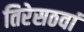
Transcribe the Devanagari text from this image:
तिरेसठवां